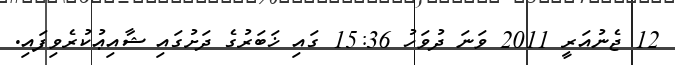
12 ޖެނުއަރީ 2011 ވަނަ ދުވަހު 15:36 ގައި ޚަބަރުގެ ދަށުގައި ޝާއިޢުކުރެވިފައި.